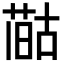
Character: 𪡻